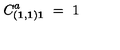
C _ { ( { \bf 1 } , { \bf 1 } ) { \bf 1 } } ^ { a } \ = \ 1 \quad